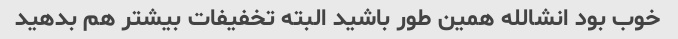
خوب بود انشالله همین طور باشید البته تخفیفات بیشتر هم بدهید